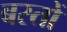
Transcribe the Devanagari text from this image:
बस्तों